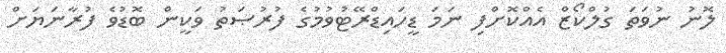
ލޮނު ނުވަތަ ގުލްކޯޒް އެއްކޮށްފި ނަމަ ޑީހައިޑްރޭޓުވުމުގެ ފުރުޞަތު ވަކީން ބޮޑުވެ ފުރާނަޔަށް